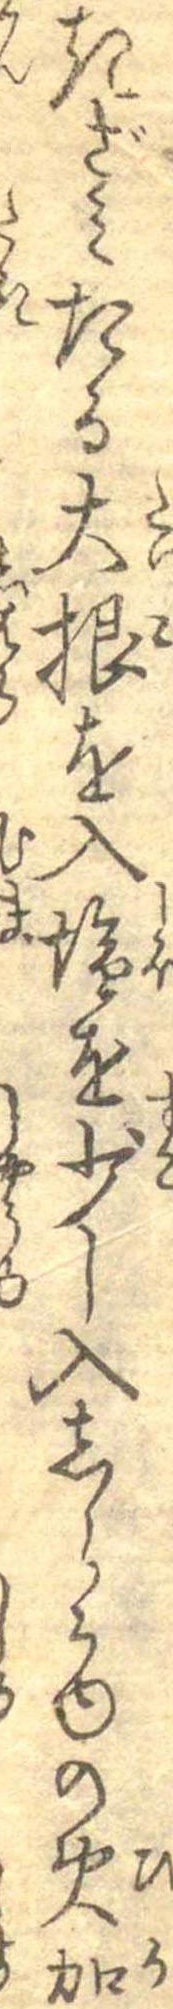
きざみたる大根を入塩を少し入しらかゆの火加